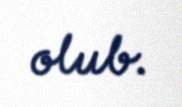
olub.